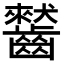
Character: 𪙤